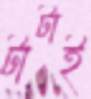
টাটাই